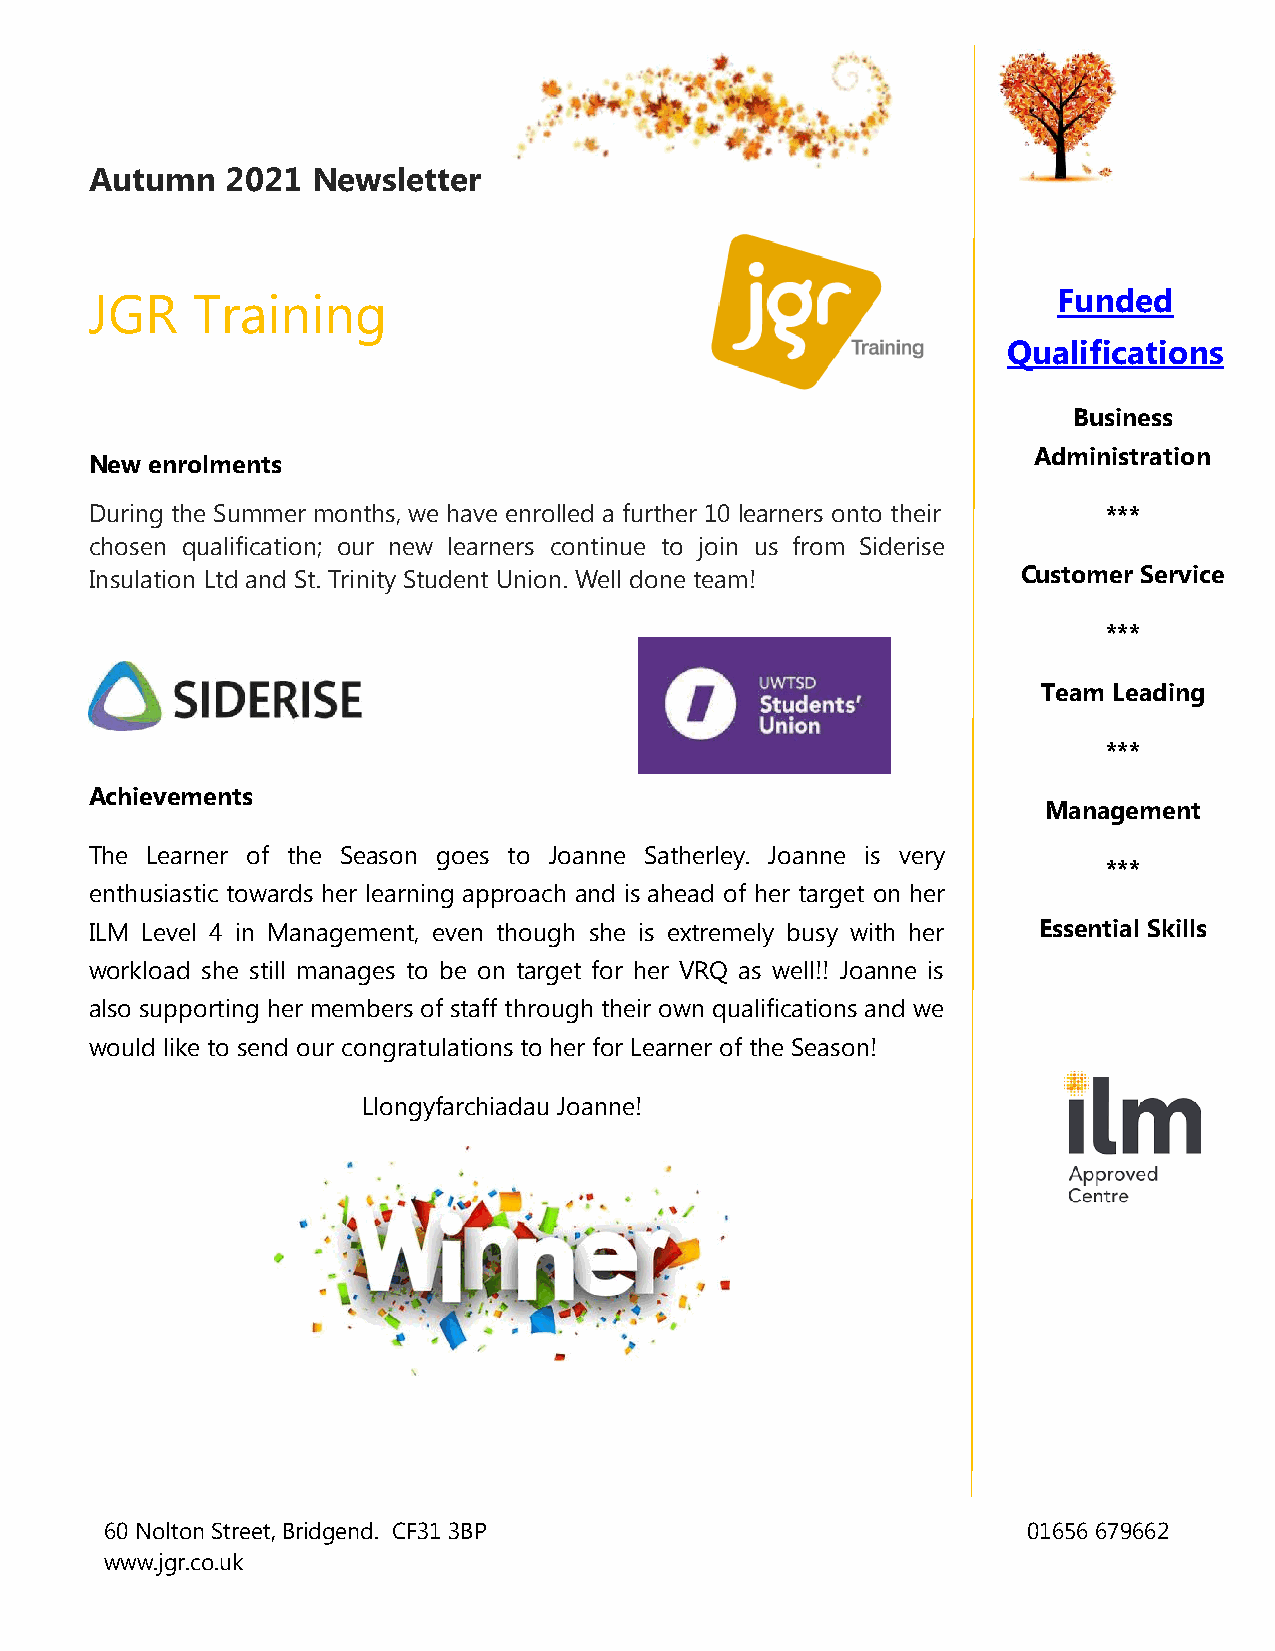
Autumn   2021  Newsletter
 JGR    Training                                                 Funded
 Qualifications
 Business
 Administration
 New enrolments
 During the Summer months, we have enrolled a further 10 learners onto their ***
 chosen qualification; our new learners continue to join us from Siderise
 Insulation Ltd and St. Trinity Student Union. Well done team! Customer Service
 ***
 Team Leading
 ***
 Achievements
 Management
 The Learner of the Season goes to Joanne Satherley. Joanne is very
 ***
 enthusiastic towards her learning approach and is ahead of her target on her
 ILM Level 4 in Management, even though she is extremely busy with her Essential Skills
 workload she still manages to be on target for her VRQ as well!! Joanne is
 also supporting her members of staff through their own qualifications and we
 would like to send our congratulations to her for Learner of the Season!
 Llongyfarchiadau Joanne!
 60 Nolton Street, Bridgend. CF31 3BP                         01656 679662
 www.jgr.co.uk